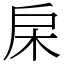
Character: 㦿